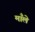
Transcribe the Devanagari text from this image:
माँले